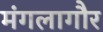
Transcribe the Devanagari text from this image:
मंगलागौर